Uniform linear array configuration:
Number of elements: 12
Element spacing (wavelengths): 0.5
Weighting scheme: cosine
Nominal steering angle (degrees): -45
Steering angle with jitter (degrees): -46.85
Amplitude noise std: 0.05
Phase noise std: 0.05

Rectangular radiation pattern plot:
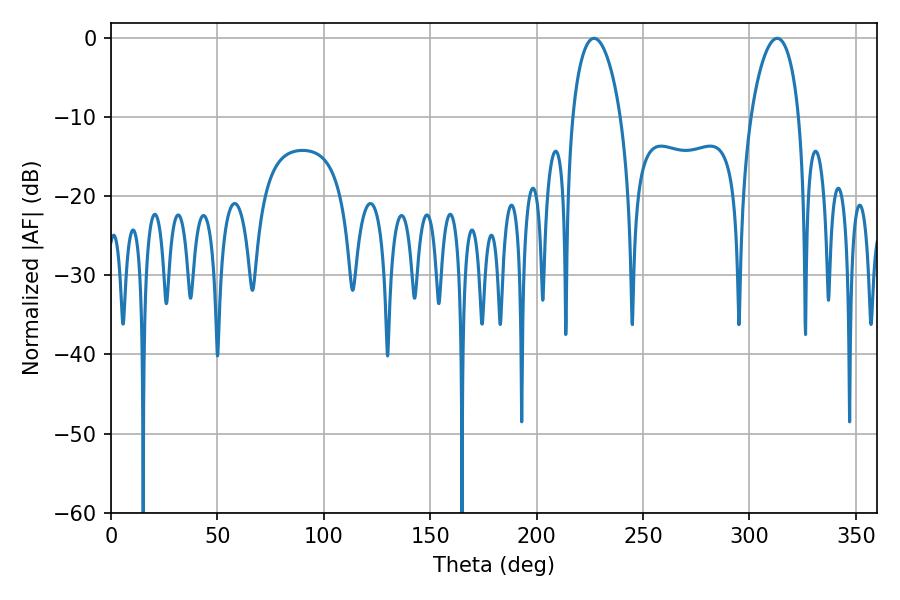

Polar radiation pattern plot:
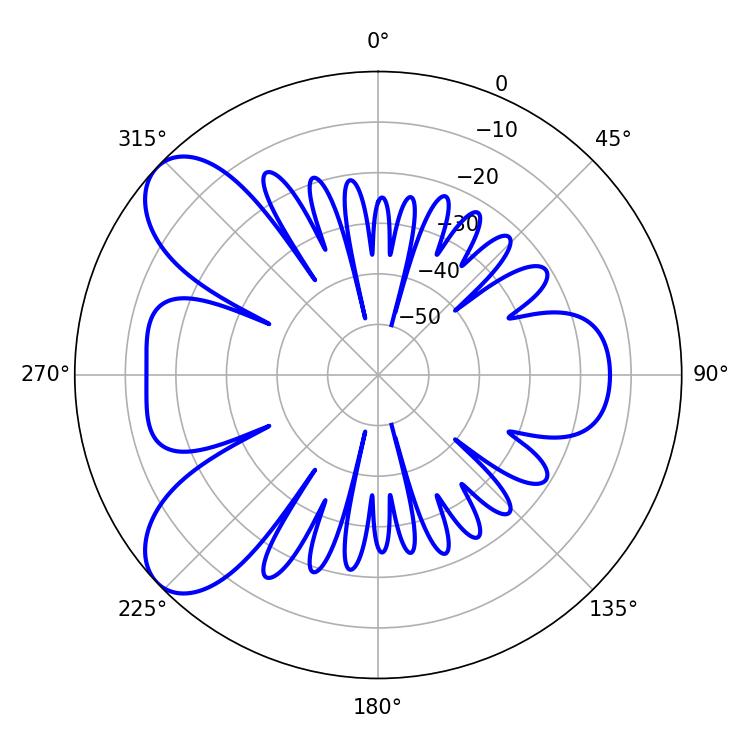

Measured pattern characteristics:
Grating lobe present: FALSE
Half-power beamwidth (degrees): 12.96
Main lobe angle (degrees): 226.98